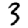
Digit: 3